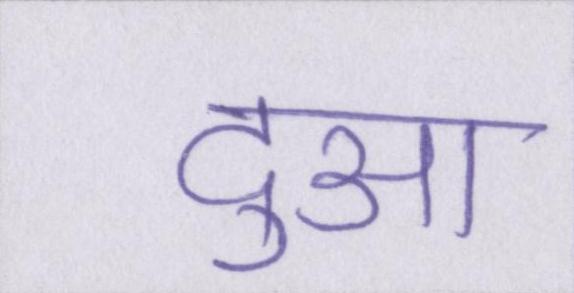
दुआ